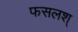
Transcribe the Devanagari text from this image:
फसलश्